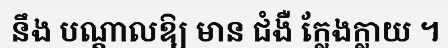
នឹង បណ្តាលឱ្យ មាន ជំងឺ ក្លែងក្លាយ ។